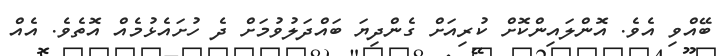
ބޭއްވި އެވެ. އޮންލައިންކޮށް ކުރިއަށް ގެންދިޔަ ބައްދަލުވުމަށް ދެ ހުށައެޅުމެއް އޮތެވެ. އެއް